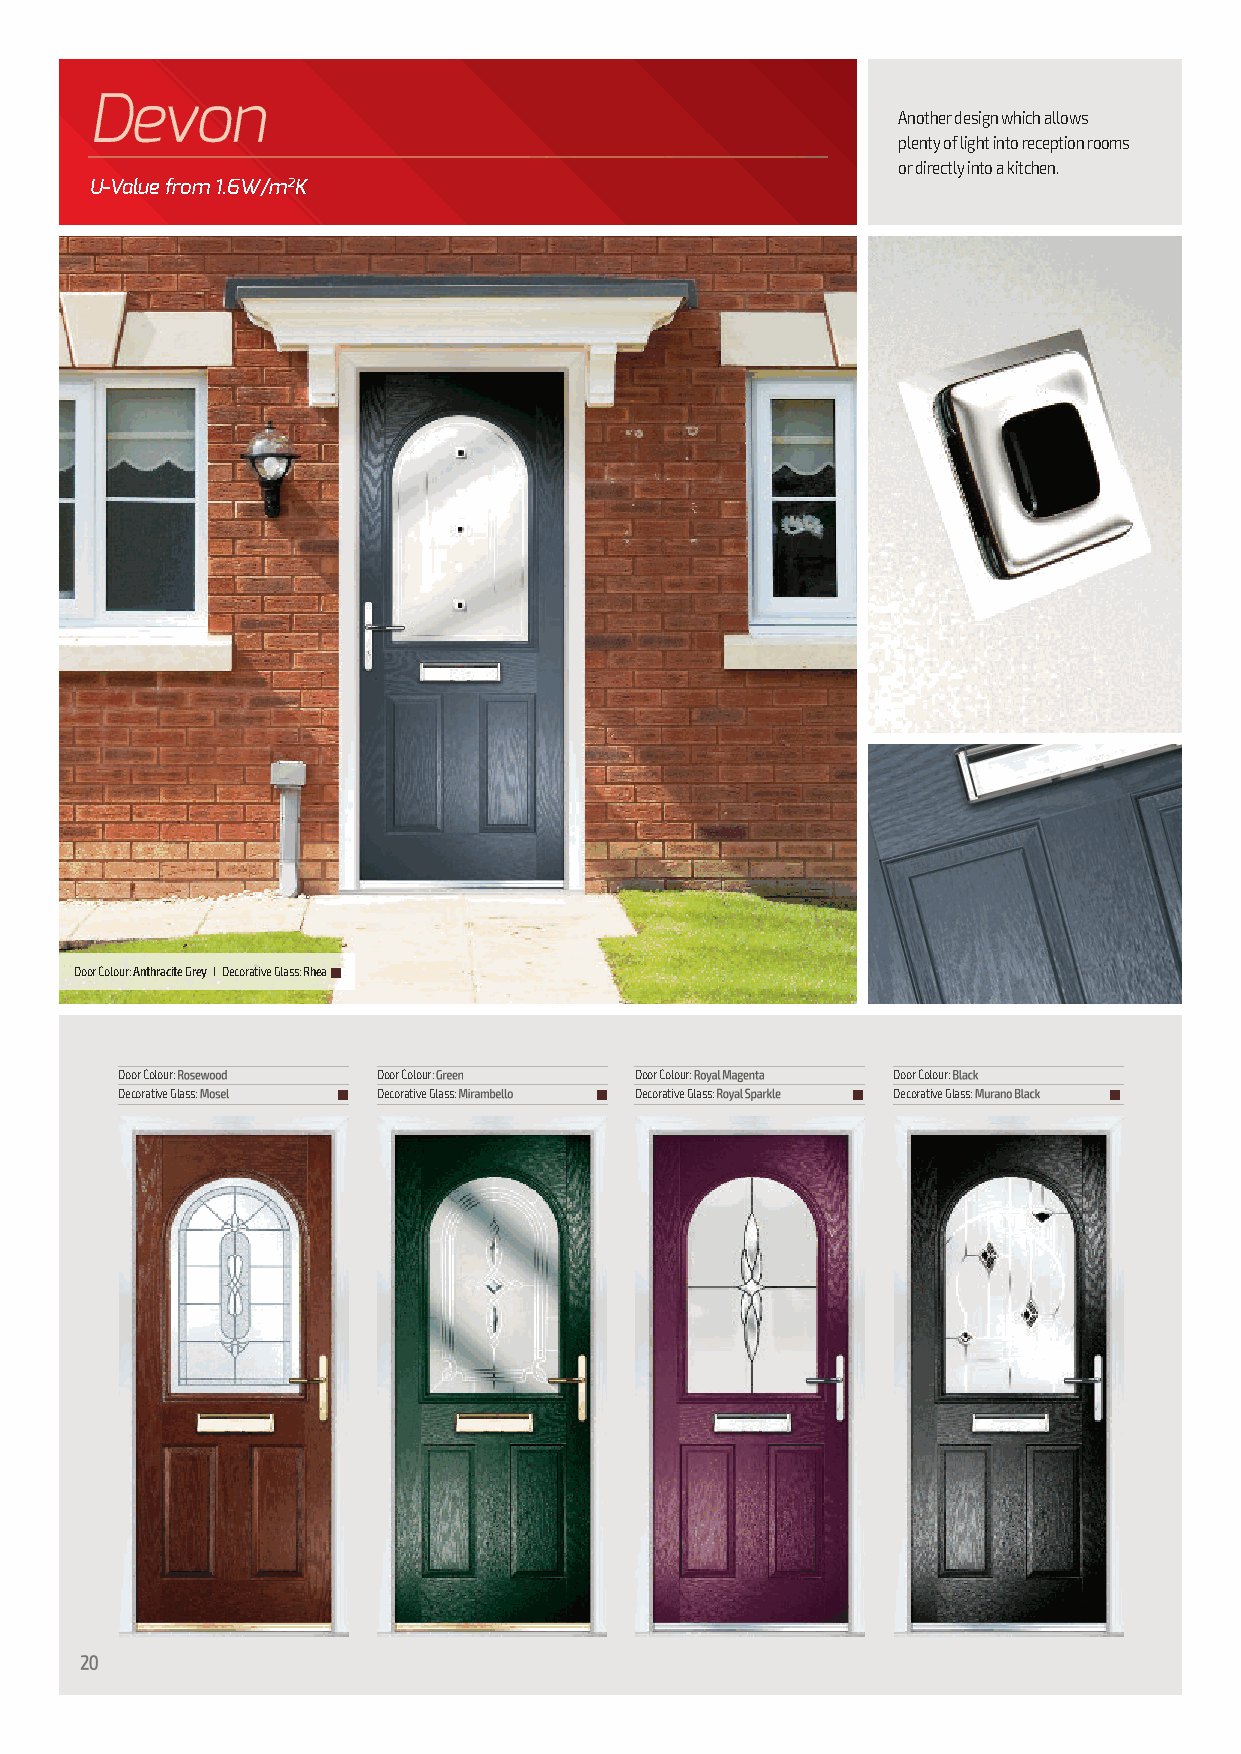
Another design which allows
 plenty of light into reception rooms
 or directly into a kitchen.
 U-Value from 1.6W/m2K
 Door Colour: Anthracite Grey I Decorative Glass: Rhean
 Door Colour:     Door Colour:     Door Colour:     Door Colour:
 Decorative Glass: n Decorative Glass: n Decorative Glass: n Decorative Glass: n